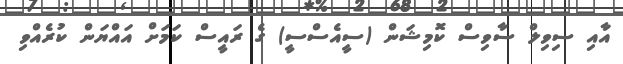
އާއި ސިވިލް ސާވިސް ކޮމިޝަން (ސީއެސްސީ) ގެ ރައީސް ކަމަށް އައްޔަން ކުރެއްވި